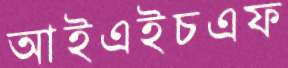
আইএইচএফ